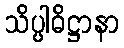
သိပ္ပါဓိဋ္ဌာနာ